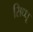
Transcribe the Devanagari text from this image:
सिध्धू